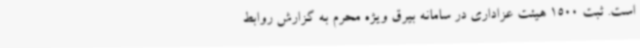
است. ثبت 1500 هیئت عزاداری در سامانه بیرق ویژه محرم به گزارش روابط